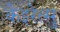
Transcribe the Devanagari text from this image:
केइरेत्सु